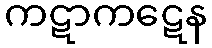
ကဋာကဋေန